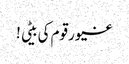
غیور قوم کی بیٹی !